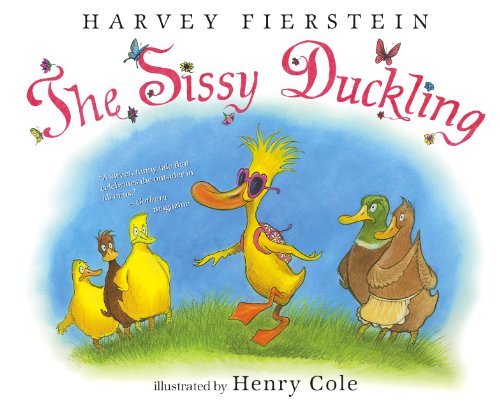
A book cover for The Sissy Duckling; Harvey Fierstein; Children's Books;